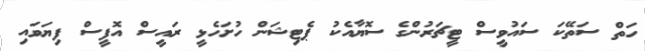
ހަތް ސަތޭކަ ސައުވީސް ޓީޗަރުންގެ ސޮޔާއެކު ޕެޓިޝަން ހުށަހެޅީ ރައީސް އޮފީސް ފިޔަވައި